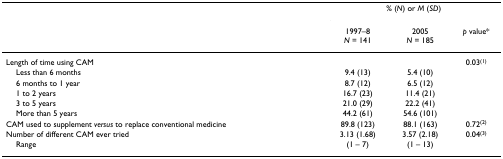
|  | <COLSPAN=3> % (N) or M (SD) |
 |  | 1997–8N = 141 | 2005N = 185 | p value* |
 | --- | --- | --- | --- |
 | Length of time using CAM |  |  | 0.03(1) |
 | Less than 6 months | 9.4 (13) | 5.4 (10) |  |
 | 6 months to 1 year | 8.7 (12) | 6.5 (12) |  |
 | 1 to 2 years | 16.7 (23) | 11.4 (21) |  |
 | 3 to 5 years | 21.0 (29) | 22.2 (41) |  |
 | More than 5 years | 44.2 (61) | 54.6 (101) |  |
 | CAM used to supplement versus to replace conventional medicine | 89.8 (123) | 88.1 (163) | 0.72(2) |
 | Number of different CAM ever tried | 3.13 (1.68) | 3.57 (2.18) | 0.04(3) |
 | Range | (1 – 7) | (1 – 13) |  |